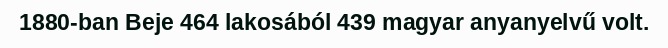
1880-ban Beje 464 lakosából 439 magyar anyanyelvű volt.